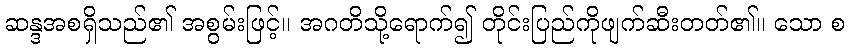
ဆန္ဒအစရှိသည်၏ အစွမ်းဖြင့်။ အဂတိသို့ရောက်၍ တိုင်းပြည်ကိုဖျက်ဆီးတတ်၏။ သော စ